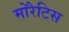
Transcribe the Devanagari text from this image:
मोरैटिस